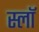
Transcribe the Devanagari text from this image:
स्लॉ